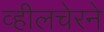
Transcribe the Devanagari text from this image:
व्हीलचेरने